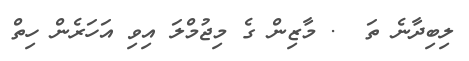
ލިބިދާނެ ތަ  . މާޒިން ގެ މިޖުމްލަ އިވި އަހަރެން ހިތް